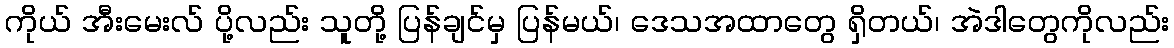
ကိုယ် အီးမေးလ် ပို့လည်း သူတို့ ပြန်ချင်မှ ပြန်မယ်၊ ဒေသအထာတွေ ရှိတယ်၊ အဲဒါတွေကိုလည်း